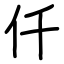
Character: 仟